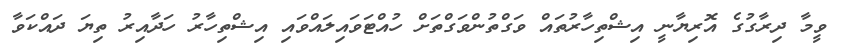
ވީމާ ދިރާގުގެ އޮރިޔާނީ އިޝްތިހާރުތައް ވަގްތުންވަގްތަށް ހުއްޓަވައިލައްވައި އިޝްތިހާރު ހަދާއިރު ތިޔަ ދައްކަވާ